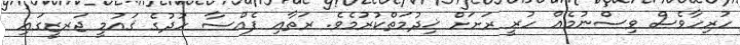
ހުރިހާވެސް ވިސްނުމެއް ހުރީ ރަށަށް ޚިދުމަތްކުރުމެވެ. ރަތާއި ފެއްސާ ހުދުގެ ޤައުމީ ޖަރޒީގައި